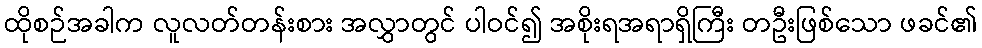
ထိုစဉ်အခါက လူလတ်တန်းစား အလွှာတွင် ပါဝင်၍ အစိုးရအရာရှိကြီး တဦးဖြစ်သော ဖခင်၏